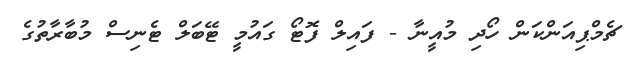
ޗެމްޕިއަންކަން ހޯދި މުއީނާ - ފައިލް ފޮޓޯ ގައުމީ ޓޭބަލް ޓެނިސް މުބާރާތުގެ